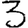
Digit: 3